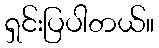
ရှင်းပြပါတယ်။